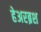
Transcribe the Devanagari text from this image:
हेअरब्रश